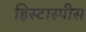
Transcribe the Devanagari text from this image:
हिस्टास्पीस